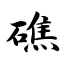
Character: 礁